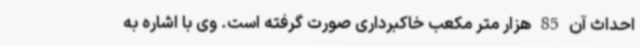
احداث آن 85 هزار متر مکعب خاکبرداری صورت گرفته است. وی با اشاره به